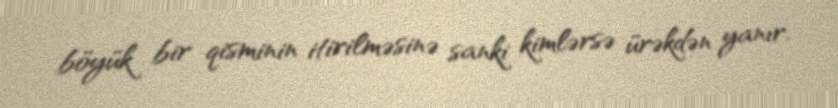
böyük bir qisminin itirilməsinə sanki kimlərsə ürəkdən yanır.